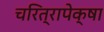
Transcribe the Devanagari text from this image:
चरित्रापेक्षा